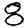
Digit: 8